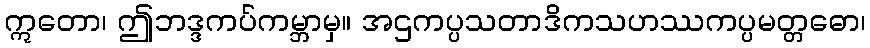
ဣတော၊ ဤဘဒ္ဒကပ်ကမ္ဘာမှ။ အဌကပ္ပသတာဒိကသဟဿကပ္ပမတ္တဓော၊